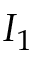
I _ { 1 }